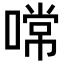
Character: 𠼔